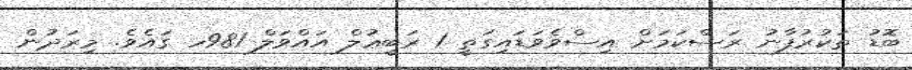
ބޮޑު ތަކުރުފާނު ރަސްކަމަށް އިސްވެވަޑައިގަތީ 1 ރަބީޢުލް އައްވަލް 981ހ ގައެވެ. މިރަދުން